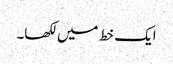
ایک خط میں لکھا۔